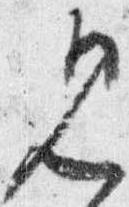
見